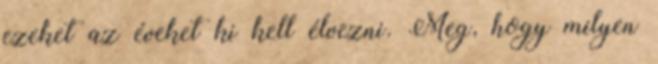
ezeket az éveket ki kell élvezni. Meg, hogy milyen